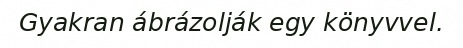
Gyakran ábrázolják egy könyvvel.